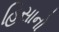
હિસાનો